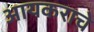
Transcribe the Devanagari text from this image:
आयकराचे